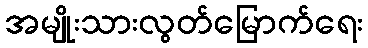
အမျိုးသားလွတ်မြောက်ရေး